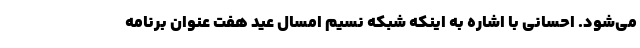
می‌شود. احسانی با اشاره به اینکه شبکه نسیم امسال عید هفت عنوان برنامه